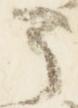
之